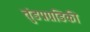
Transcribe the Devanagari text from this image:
तुंडप्रग्रडिकी